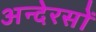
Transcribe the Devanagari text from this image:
अन्देरसों